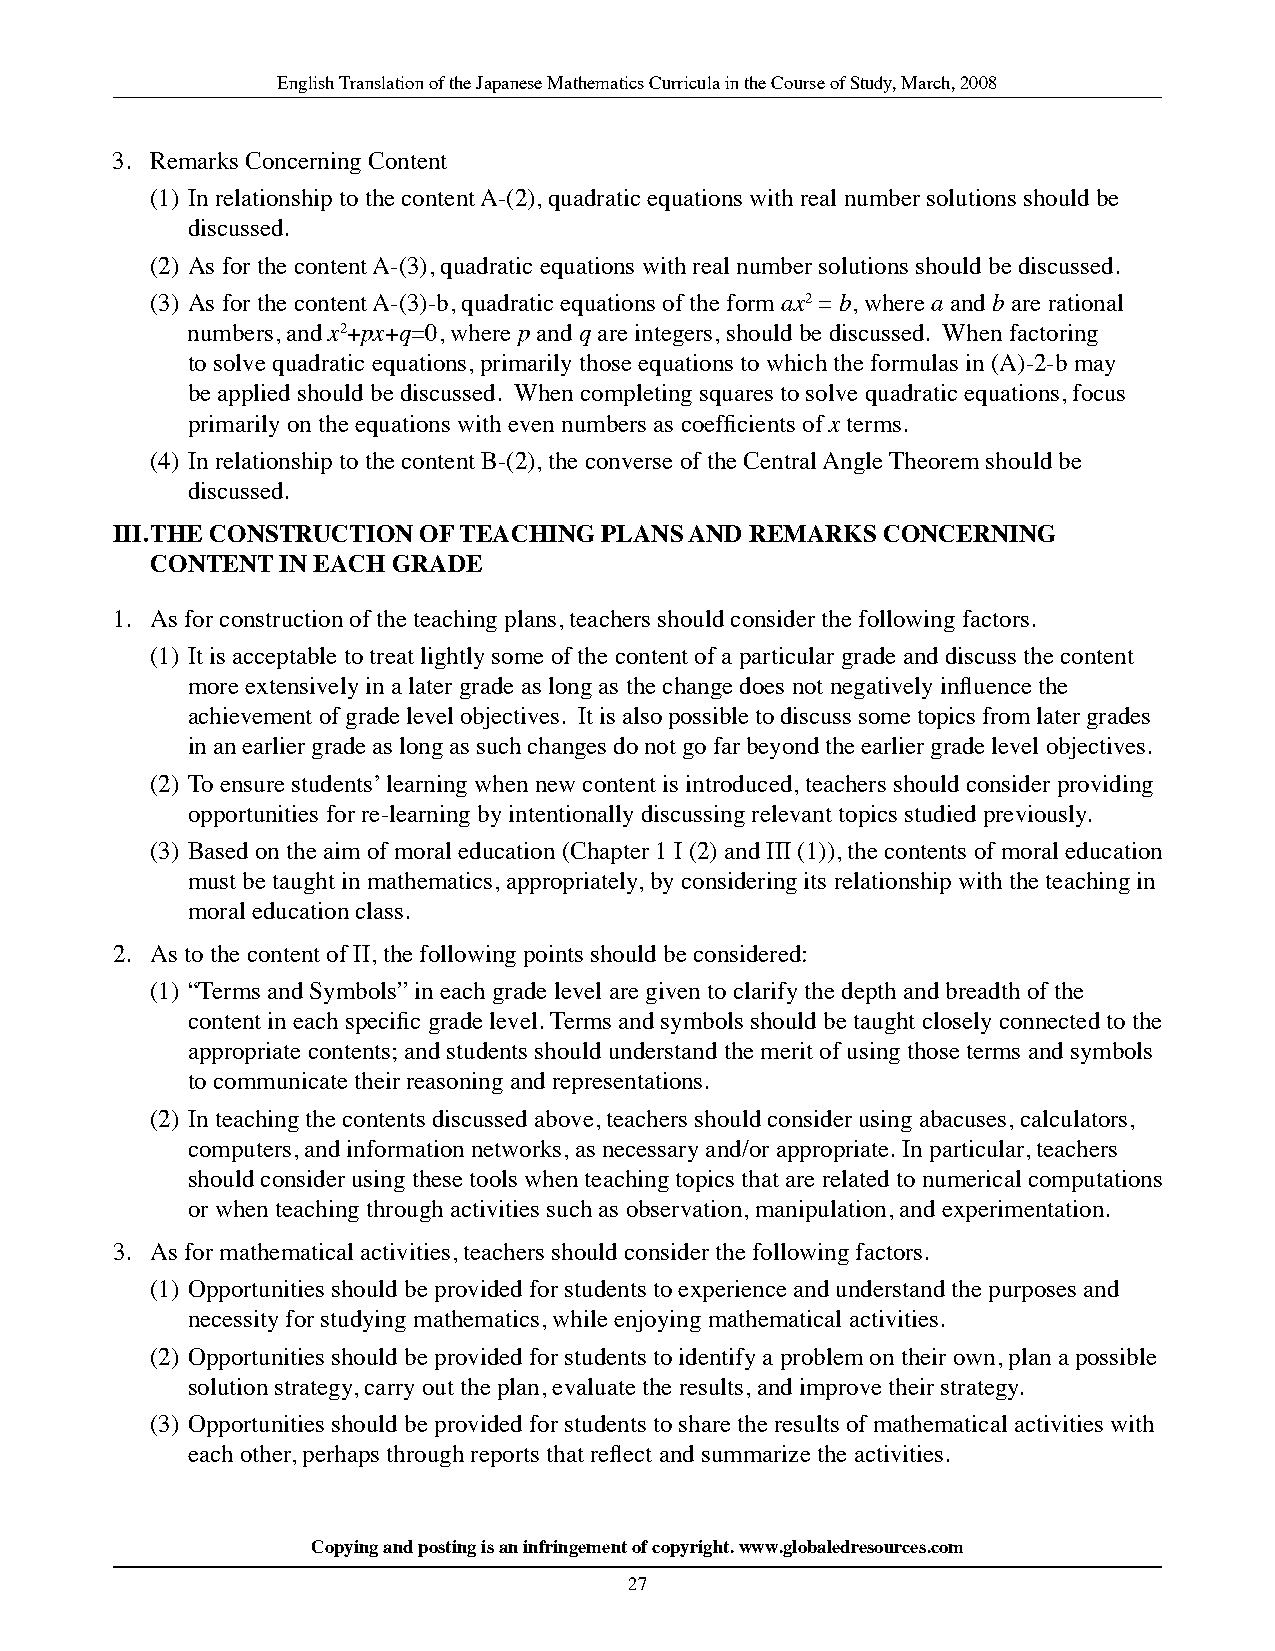
English Translation of the Japanese Mathematics Curricula in the Course of Study, March, 2008
 3. Remarks Concerning Content
 (1) In relationship to the content A-(2), quadratic equations with real number solutions should be
 discussed.
 (2) As for the content A-(3), quadratic equations with real number solutions should be discussed.
 (3) As for the content A-(3)-b, quadratic equations of the form ax2 = b, where a and b are rational
 numbers, and x2+px+q=0, where p and q are integers, should be discussed. When factoring
 to solve quadratic equations, primarily those equations to which the formulas in (A)-2-b may
 be applied should be discussed. When completing squares to solve quadratic equations, focus
 primarily on the equations with even numbers as coefficients of x terms.
 (4) In relationship to the content B-(2), the converse of the Central Angle Theorem should be
 discussed.
 iii. ThE ConSTruCTion of TEaChinG planS and rEMarKS ConCErninG
 ConTEnT  in EaCh GradE
 1. As for construction of the teaching plans, teachers should consider the following factors.
 (1) It is acceptable to treat lightly some of the content of a particular grade and discuss the content
 more extensively in a later grade as long as the change does not negatively influence the
 achievement of grade level objectives. It is also possible to discuss some topics from later grades
 in an earlier grade as long as such changes do not go far beyond the earlier grade level objectives.
 (2) To ensure students’ learning when new content is introduced, teachers should consider providing
 opportunities for re-learning by intentionally discussing relevant topics studied previously.
 (3) Based on the aim of moral education (Chapter 1 I (2) and III (1)), the contents of moral education
 must be taught in mathematics, appropriately, by considering its relationship with the teaching in
 moral education class.
 2. As to the content of II, the following points should be considered:
 (1) “Terms and Symbols” in each grade level are given to clarify the depth and breadth of the
 content in each specific grade level. Terms and symbols should be taught closely connected to the
 appropriate contents; and students should understand the merit of using those terms and symbols
 to communicate their reasoning and representations.
 (2) In teaching the contents discussed above, teachers should consider using abacuses, calculators,
 computers, and information networks, as necessary and/or appropriate. In particular, teachers
 should consider using these tools when teaching topics that are related to numerical computations
 or when teaching through activities such as observation, manipulation, and experimentation.
 3. As for mathematical activities, teachers should consider the following factors.
 (1) Opportunities should be provided for students to experience and understand the purposes and
 necessity for studying mathematics, while enjoying mathematical activities.
 (2) Opportunities should be provided for students to identify a problem on their own, plan a possible
 solution strategy, carry out the plan, evaluate the results, and improve their strategy.
 (3) Opportunities should be provided for students to share the results of mathematical activities with
 each other, perhaps through reports that reflect and summarize the activities.
 Copying and posting is an infringement of copyright. www.globaledresources.com
 27